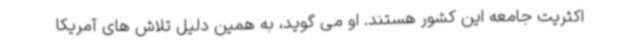
اکثریت جامعه این کشور هستند. او می گوید، به همین دلیل تلاش های آمریکا